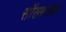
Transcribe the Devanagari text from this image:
सॉसबरोबर